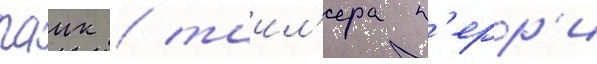
паик / таил'ера п'ерр'и